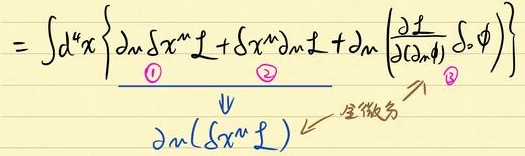
\[
=\int d^{4}x\left\{\partial_{m}\delta x^{m}\mathcal{L}+\delta x^{m}\partial_{m}\mathcal{L}+\partial_{m}\left(\frac{\partial\mathcal{L}}{\partial(\partial_{m}\phi)}\delta\phi\right)\right\}
\]
\[\begin{array}{ccc}
& \textcircled{1} & \textcircled{2}\\
\Downarrow & & \\
\partial_{m}(\delta x^{m}\mathcal{L}) & &
\end{array}\]  全微分